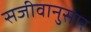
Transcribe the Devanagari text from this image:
सजीवानुसार